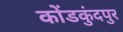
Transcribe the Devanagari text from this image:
कोंडकुंदपुर